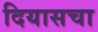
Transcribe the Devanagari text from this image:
दियासचा